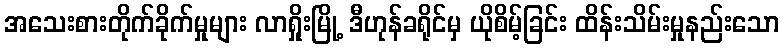
အသေးစားတိုက်ခိုက်မှုများ လာရှိုးမြို့ ဒီဟုန်ခရိုင်မှ ယိုစိမ့်ခြင်း ထိန်းသိမ်းမှုနည်းသော